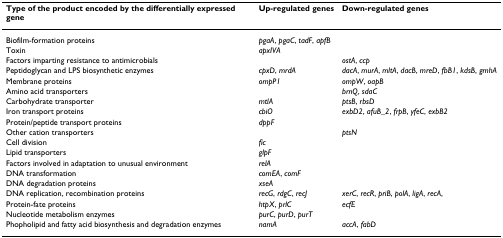
<table><thead><tr><td><b>Type of the product encoded by the differentially expressed gene</b></td><td><b>Up-regulated genes</b></td><td><b>Down-regulated genes</b></td></tr></thead><tbody><tr><td>Biofilm-formation proteins</td><td><i>pgaA</i>, <i>pgaC</i>, <i>tadF</i>, <i>apfB</i></td><td></td></tr><tr><td>Toxin</td><td><i>apxIVA</i></td><td></td></tr><tr><td>Factors imparting resistance to antimicrobials</td><td></td><td><i>ostA</i>, <i>ccp</i></td></tr><tr><td>Peptidoglycan and LPS biosynthetic enzymes</td><td><i>cpxD</i>, <i>mrdA</i></td><td><i>dacA</i>, <i>murA</i>, <i>mltA</i>, <i>dacB</i>, <i>mreD</i>, <i>fbB1</i>, <i>kdsB</i>, <i>gmhA</i></td></tr><tr><td>Membrane proteins</td><td><i>ompP1</i></td><td><i>ompW</i>, <i>oapB</i></td></tr><tr><td>Amino acid transporters</td><td></td><td><i>brnQ</i>, <i>sdaC</i></td></tr><tr><td>Carbohydrate transporter</td><td><i>mtlA</i></td><td><i>ptsB</i>, <i>rbsD</i></td></tr><tr><td>Iron transport proteins</td><td><i>cbiO</i></td><td><i>exbD2</i>, <i>afuB_2</i>, <i>frpB</i>, <i>yfeC</i>, <i>exbB2</i></td></tr><tr><td>Protein/peptide transport proteins</td><td><i>dppF</i></td><td></td></tr><tr><td>Other cation transporters</td><td></td><td><i>ptsN</i></td></tr><tr><td>Cell division</td><td><i>fic</i></td><td></td></tr><tr><td>Lipid transporters</td><td><i>glpF</i></td><td></td></tr><tr><td>Factors involved in adaptation to unusual environment</td><td><i>relA</i></td><td></td></tr><tr><td>DNA transformation</td><td><i>comEA</i>, <i>comF</i></td><td></td></tr><tr><td>DNA degradation proteins</td><td><i>xseA</i></td><td></td></tr><tr><td>DNA replication, recombination proteins</td><td><i>recG</i>, <i>rdgC</i>, <i>recJ</i></td><td><i>xerC</i>, <i>recR</i>, <i>priB</i>, <i>polA</i>, <i>ligA</i>, <i>recA</i>,</td></tr><tr><td>Protein-fate proteins</td><td><i>htpX</i>, <i>prlC</i></td><td><i>ecfE</i></td></tr><tr><td>Nucleotide metabolism enzymes</td><td><i>purC</i>, <i>purD</i>, <i>purT</i></td><td></td></tr><tr><td>Phopholipid and fatty acid biosynthesis and degradation enzymes</td><td><i>namA</i></td><td><i>accA</i>, <i>fabD</i></td></tr></tbody></table>